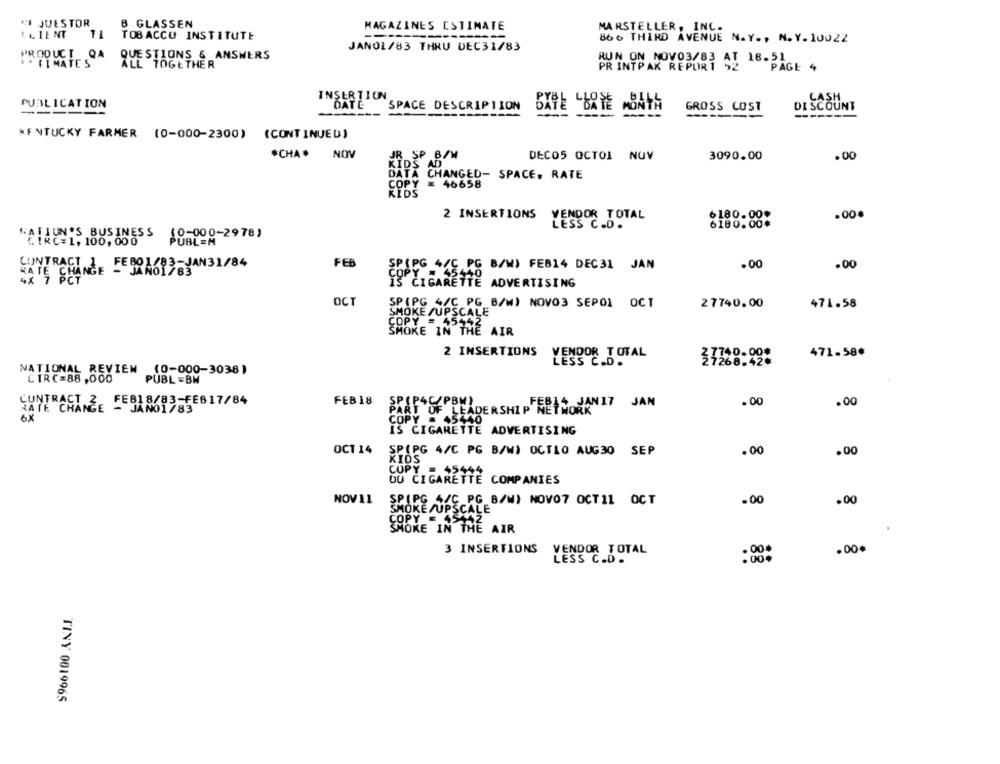
MI JUESTOR
B GLASSEN
MAGAZINES ESTIMATE
MARSTELLER, INC.
1 L IENT
1L
TOBACCO INSTITUTE
86 6 THIRD AVENUE N. Y ., N. Y. 10022
JANOL/83 THRU DEC31/83
PRODUCT QA
QUESTIONS & ANSWERS
RUN ON NOV03/83 AT 18.51
. . VIMATES
ALL TOGETHER
PR INTPAK REPORT 52
PAGE 4
INSERTION
CASH
PUBLICATION
DATE
SPACE DESCRIPTION
DATE DATE MONTH
GROSS COST
DISCOUNT
------------
-----
-
---
KENTUCKY FARMER (0-000-2300) (CONTINUED)
*CHA* NOV
SP B/W
DECOS OCTOI NOV
3090.00
.00
KIDS
AD
DATA CHANGED- SPACE. RATE
COPY = 46658
KIDS
2 INSERTIONS
.00.
VENDOR TOTAL
6180.00*
LESS C.D.
6180.00*
(0-000-2978)
CIRC=1, 100, 000
HATE CHANGE FERRA693. YAN31/84
CONTRACT
FEB
44C,PG B/W) FEB14 DEC31 JAN
.00
.00
4X 7 PCT
18 CIGARETTE
ADVERTISING
OCT
SP(PG 4/C PG_B/W) NOVO3 SEPOI OCT
27740.00
471.58
SMOKE /UPSCALE
COPY = 45+42
SMOKE IN THE AIR
2 INSERTIONS
VENDOR TOTAL
37740.00*
471.58ª
LESS C.D .
NATIONAL REVIEW (0-000-3038)
CIR C=88 ,000
PUBL =BW
FEB18/83-FEB17/84
FEB 18
SP(P4C/PBM)
PART OF LEADERSHIP FETOYANIT JAN
.00
.00
RATE CHANGE - JANO1783
6X
COPY = 45440
IS CIGARETTE ADVERTISING
OCT 14
SP(PG 4/C PG B/W) OCTLO AUG30 SEP
.00
.00
KIDS
CUPY = 45444
DU CIGARETTE COMPANIES
NOV11
SP(PG 4/C PG B/WI NOVO7 OCT11 OCT
.00
.00
SMOKE /UPSCALE
Y = 45442
SMOKE IN THE AIR
3 INSERTIONS
VENDOR TOTAL
.00*
LESS C.D .
.00+
TINY 0019965